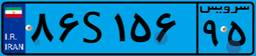
۸۶S۱۵۶۹۵